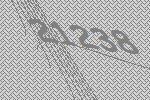
21238